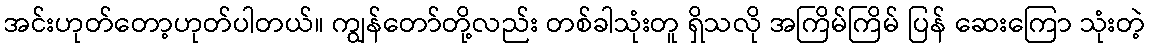
အင်းဟုတ်တော့ဟုတ်ပါတယ်။ ကျွန်တော်တို့လည်း တစ်ခါသုံးတူ ရှိသလို အကြိမ်ကြိမ် ပြန် ဆေးကြော သုံးတဲ့